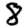
Digit: 8